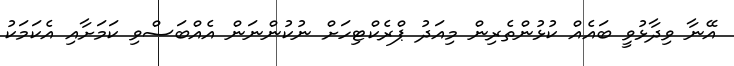
އޭނާ ވިދާޅުވީ ބައެއް ކުޅުންތެރިން މިއަދު ޕްރެކްޓިހަށް ނުކުންނަން އެއްބަސްވި ކަމަށާއި އެކަމަކު